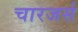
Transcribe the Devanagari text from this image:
चारजर्स